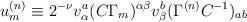
LaTeX: \begin{align*}u^{{ (n)}}_{{ m}}\equiv 2^{-\nu } v^{{ a}}_{\alpha }(C\Gamma _{{ m}})^{\alpha \beta } v^{{ b}}_{\beta }(\Gamma ^{{ (n)}}C^{-{ 1}})_{{ ab}}\end{align*}